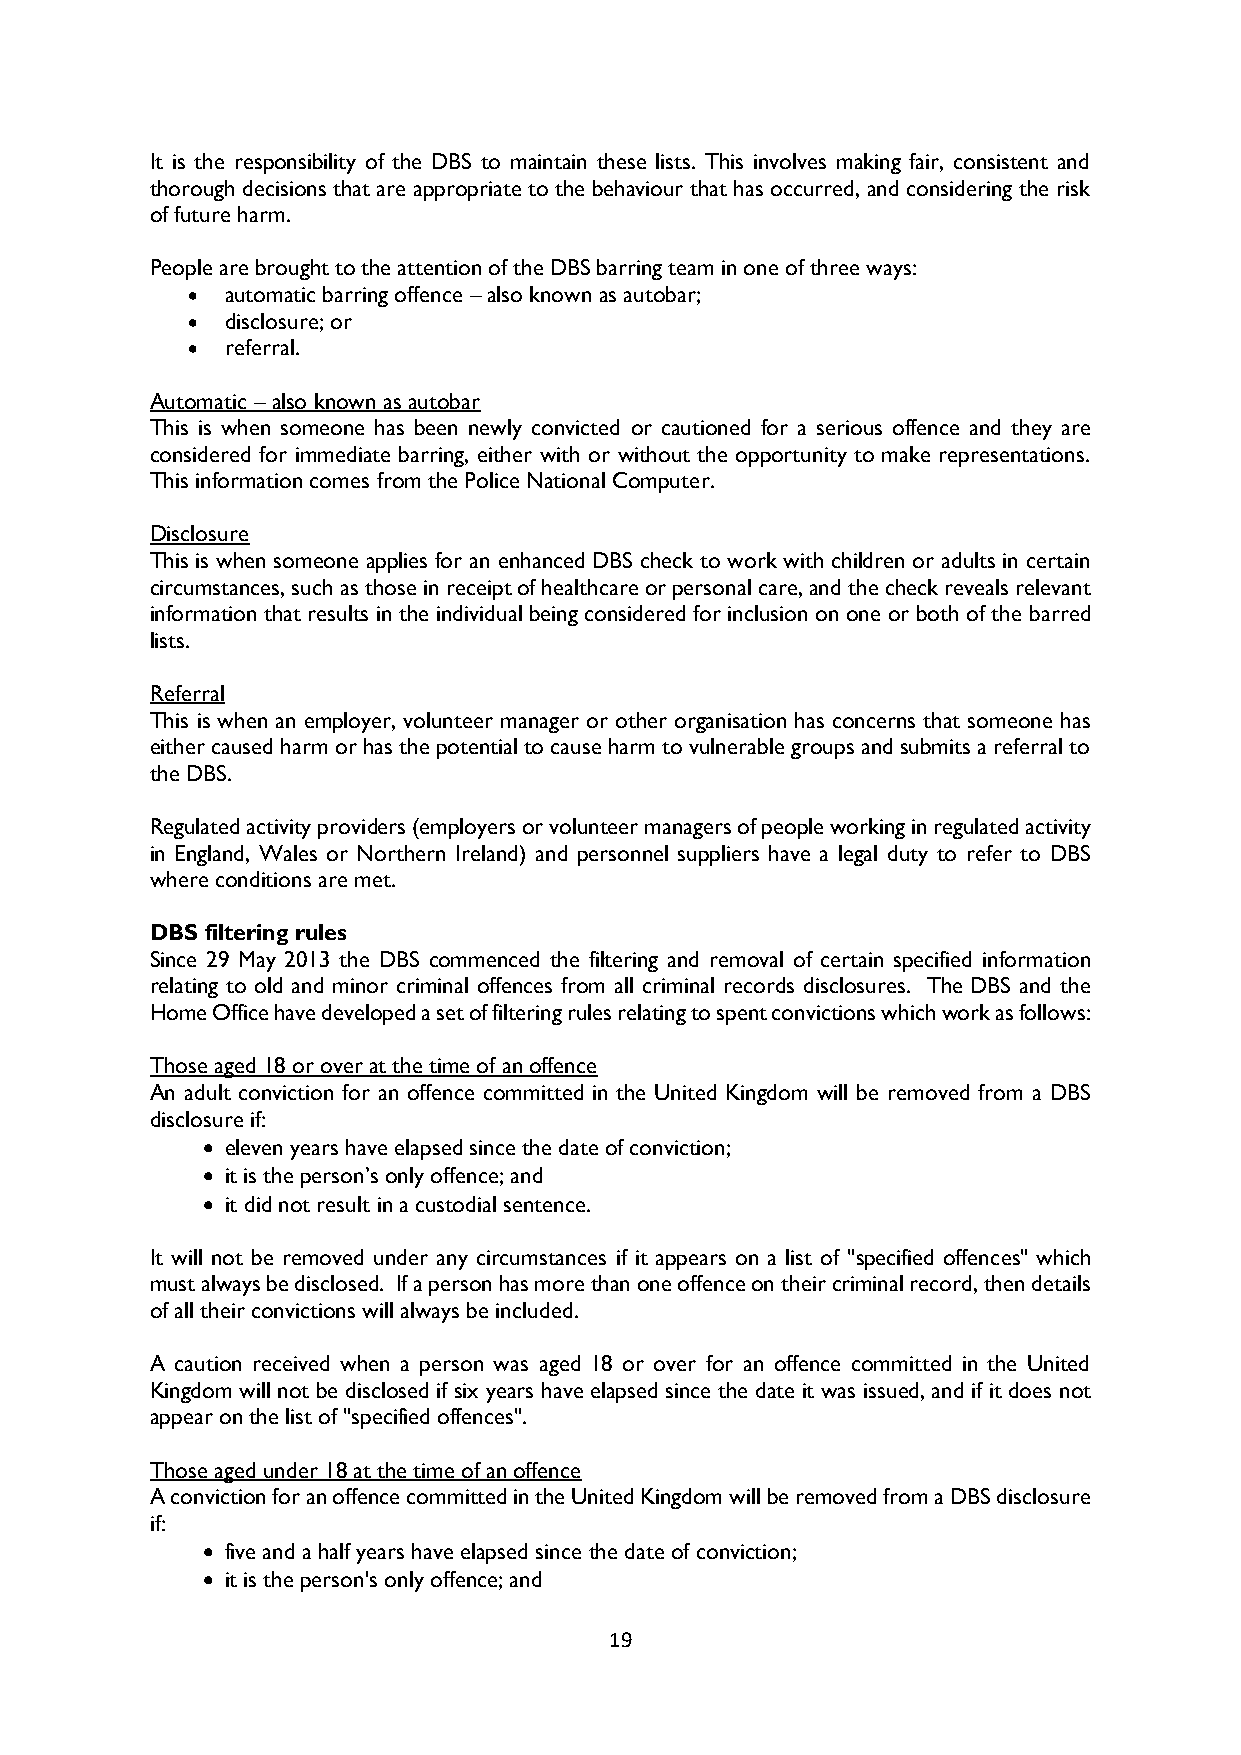
It is the responsibility of the DBS to maintain these lists. This involves making fair, consistent and
 thorough decisions that are appropriate to the behaviour that has occurred, and considering the risk
 of future harm.
 People are brought to the attention of the DBS barring team in one of three ways:
   automatic barring offence – also known as autobar;
   disclosure; or
   referral.
 Automatic – also known as autobar
 This is when someone has been newly convicted or cautioned for a serious offence and they are
 considered for immediate barring, either with or without the opportunity to make representations.
 This information comes from the Police National Computer.
 Disclosure
 This is when someone applies for an enhanced DBS check to work with children or adults in certain
 circumstances, such as those in receipt of healthcare or personal care, and the check reveals relevant
 information that results in the individual being considered for inclusion on one or both of the barred
 lists.
 Referral
 This is when an employer, volunteer manager or other organisation has concerns that someone has
 either caused harm or has the potential to cause harm to vulnerable groups and submits a referral to
 the DBS.
 Regulated activity providers (employers or volunteer managers of people working in regulated activity
 in England, Wales or Northern Ireland) and personnel suppliers have a legal duty to refer to DBS
 where conditions are met.
 DBS filtering rules
 Since 29 May 2013 the DBS commenced the filtering and removal of certain specified information
 relating to old and minor criminal offences from all criminal records disclosures. The DBS and the
 Home Office have developed a set of filtering rules relating to spent convictions which work as follows:
 Those aged 18 or over at the time of an offence
 An adult conviction for an offence committed in the United Kingdom will be removed from a DBS
 disclosure if:
  eleven years have elapsed since the date of conviction;
  it is the person’s only offence; and
  it did not result in a custodial sentence.
 It will not be removed under any circumstances if it appears on a list of "specified offences" which
 must always be disclosed. If a person has more than one offence on their criminal record, then details
 of all their convictions will always be included.
 A caution received when a person was aged 18 or over for an offence committed in the United
 Kingdom will not be disclosed if six years have elapsed since the date it was issued, and if it does not
 appear on the list of "specified offences".
 Those aged under 18 at the time of an offence
 A conviction for an offence committed in the United Kingdom will be removed from a DBS disclosure
 if:
  five and a half years have elapsed since the date of conviction;
  it is the person's only offence; and
 19